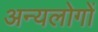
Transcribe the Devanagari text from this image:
अन्यलोगों